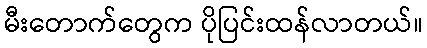
မီးတောက်တွေက ပိုပြင်းထန်လာတယ်။